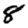
Digit: 8